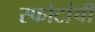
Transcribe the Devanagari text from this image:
स्फोटांची